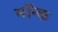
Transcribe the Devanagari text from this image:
मॉन्क